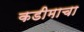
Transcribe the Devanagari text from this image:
कडीमाचा